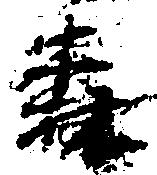
森